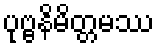
ပုဗ္ဗနိမိတ္တမဿ